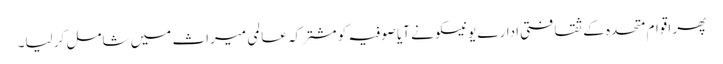
پھر اقوام متحدہ کے ثقافتی ادارے یونیسکو نے آیا صوفیہ کو مشترکہ عالمی میراث میں شامل کر لیا۔